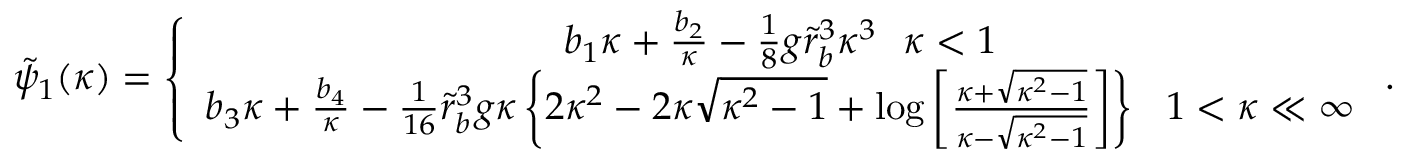
\begin{array} { r } { \tilde { \psi } _ { 1 } ( \kappa ) = \left\{ \begin{array} { c } { b _ { 1 } \kappa + \frac { b _ { 2 } } { \kappa } - \frac { 1 } { 8 } g \tilde { r } _ { b } ^ { 3 } \kappa ^ { 3 } ~ ~ \kappa < 1 } \\ { b _ { 3 } \kappa + \frac { b _ { 4 } } { \kappa } - \frac { 1 } { 1 6 } \tilde { r } _ { b } ^ { 3 } g \kappa \left\{ 2 \kappa ^ { 2 } - 2 \kappa \sqrt { \kappa ^ { 2 } - 1 } + \log \left[ \frac { \kappa + \sqrt { \kappa ^ { 2 } - 1 } } { \kappa - \sqrt { \kappa ^ { 2 } - 1 } } \right] \right\} ~ ~ 1 < \kappa \ll \infty } \end{array} \right. . } \end{array}